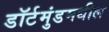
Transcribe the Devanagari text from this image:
डॉर्टमुंडमधील